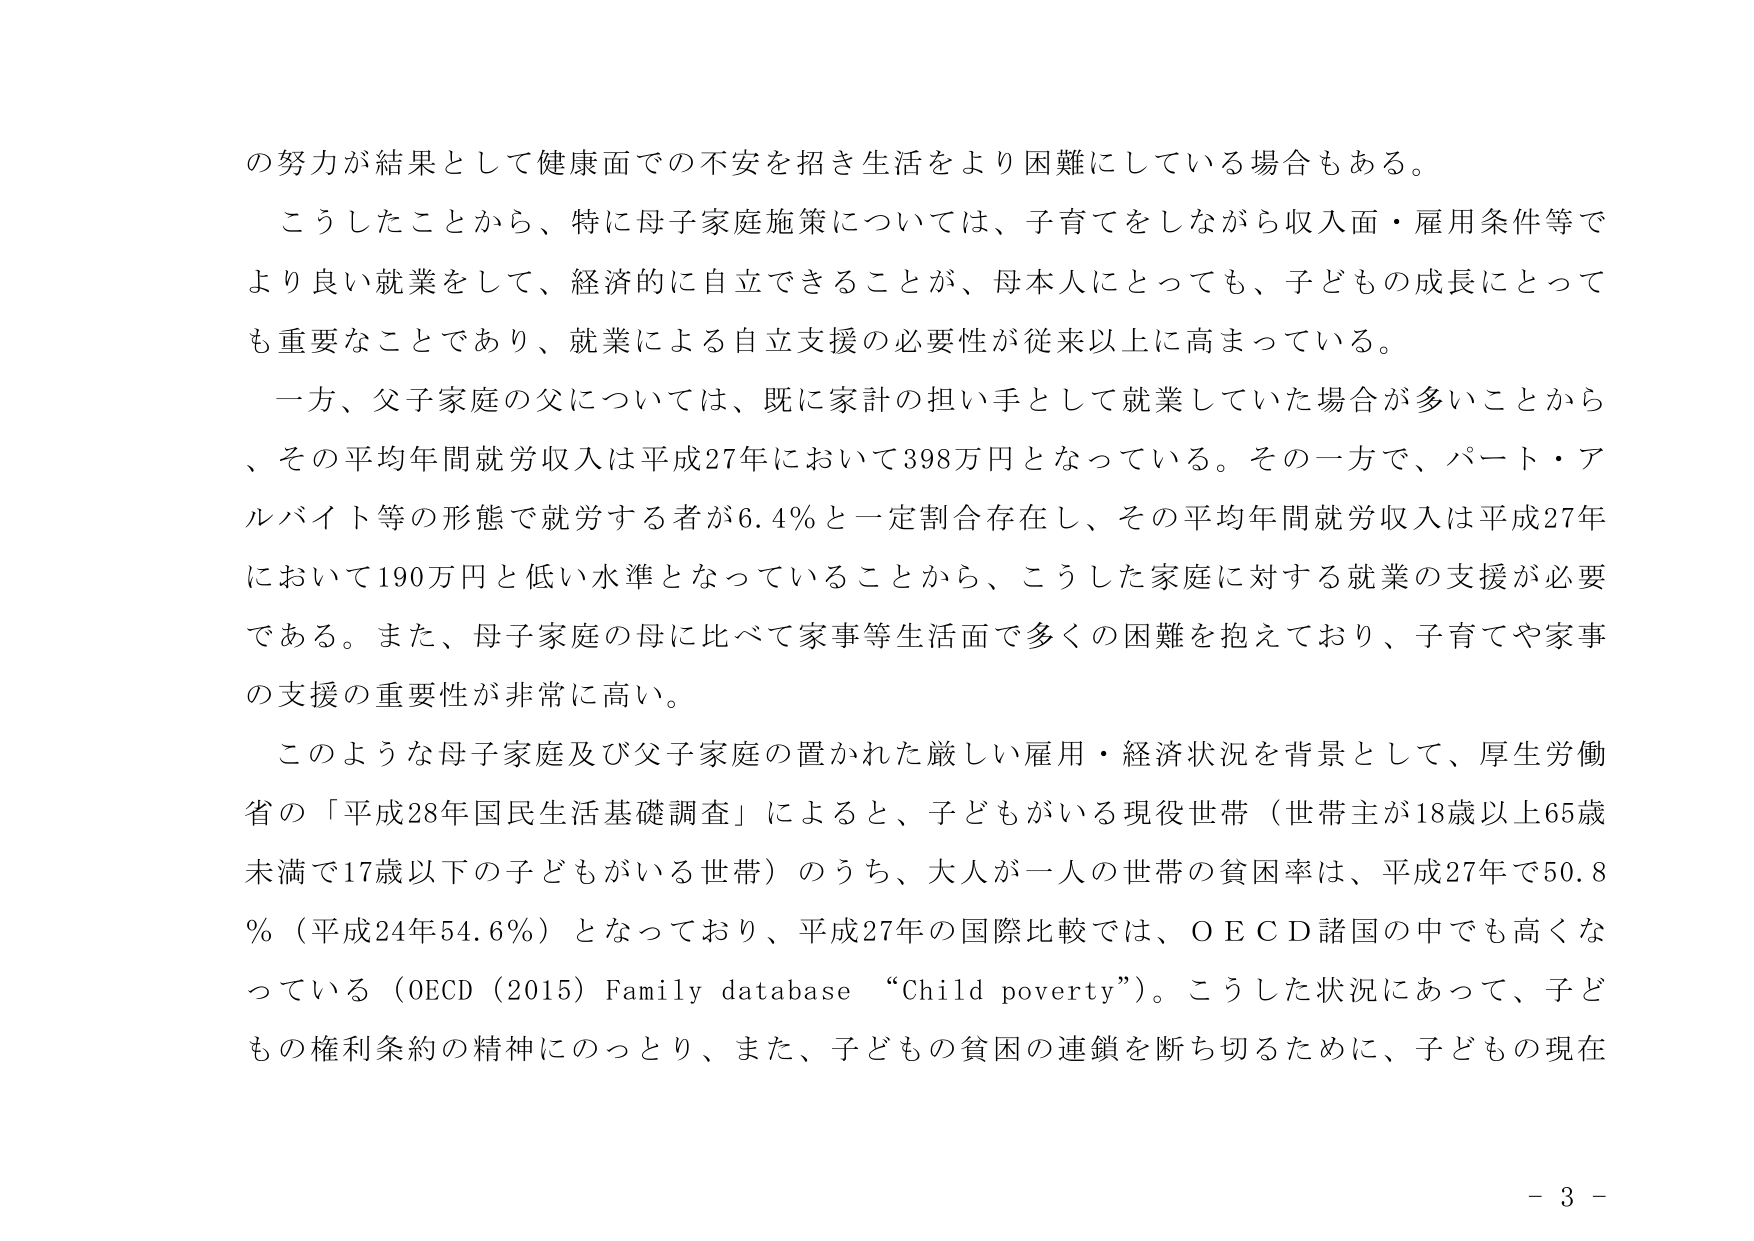
の努力が結果として健康面での不安を招き生活をより困難にしている場合もある。

こうしたことから、特に母子家庭施策については、子育てをしながら収入面・雇用条件等でより良い就業をして、経済的に自立できること、母本人にとっても、子どもの成長にとっても重要なことであり、就業による自立支援の必要性が従来以上に高まっている。

一方、父子家庭の父については、既に家計の担い手として就業していた場合が多いことから、その平均年間就労収入は平成27年において398万円となっている。その一方で、パート・アルバイト等の形態で就労する者が6.4％と一定割合存在し、その平均年間就労収入は平成27年において190万円と低い水準となっていることから、こうした家庭に対する就業の支援が必要である。また、母子家庭の母に比べて家事等生活面で多くの困難を抱えており、子育てや家事の支援の重要性が非常に高い。

このような母子家庭及び父子家庭の置かれた厳しい雇用・経済状況を背景として、厚生労働省の「平成28年国民生活基礎調査」によると、子どもがいる現役世帯（世帯主が18歳以上65歳未満で17歳以下の子どもがいる世帯）のうち、大人が一人の世帯の貧困率は、平成27年で50.8％（平成24年54.6％）となっており、平成27年の国際比較では、ＯＥＣＤ諸国の中でも高くなっている（OECD (2015) Family database “Child poverty”）。こうした状況にあって、子どもの権利条約の精神にのっとり、また、子どもの貧困の連鎖を断ち切るために、子どもの現在

- 3 -